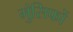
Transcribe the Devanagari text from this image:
मुंसिफों